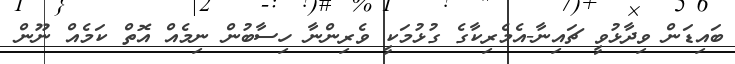
ބައިޑަން ވިދާޅުވީ ޗައިނާ-އެމެރިކާގެ ގުޅުމަކީ ވެރިންނާ ހިސާބުން ނިމެއް އޮތް ކަމެއް ނޫން